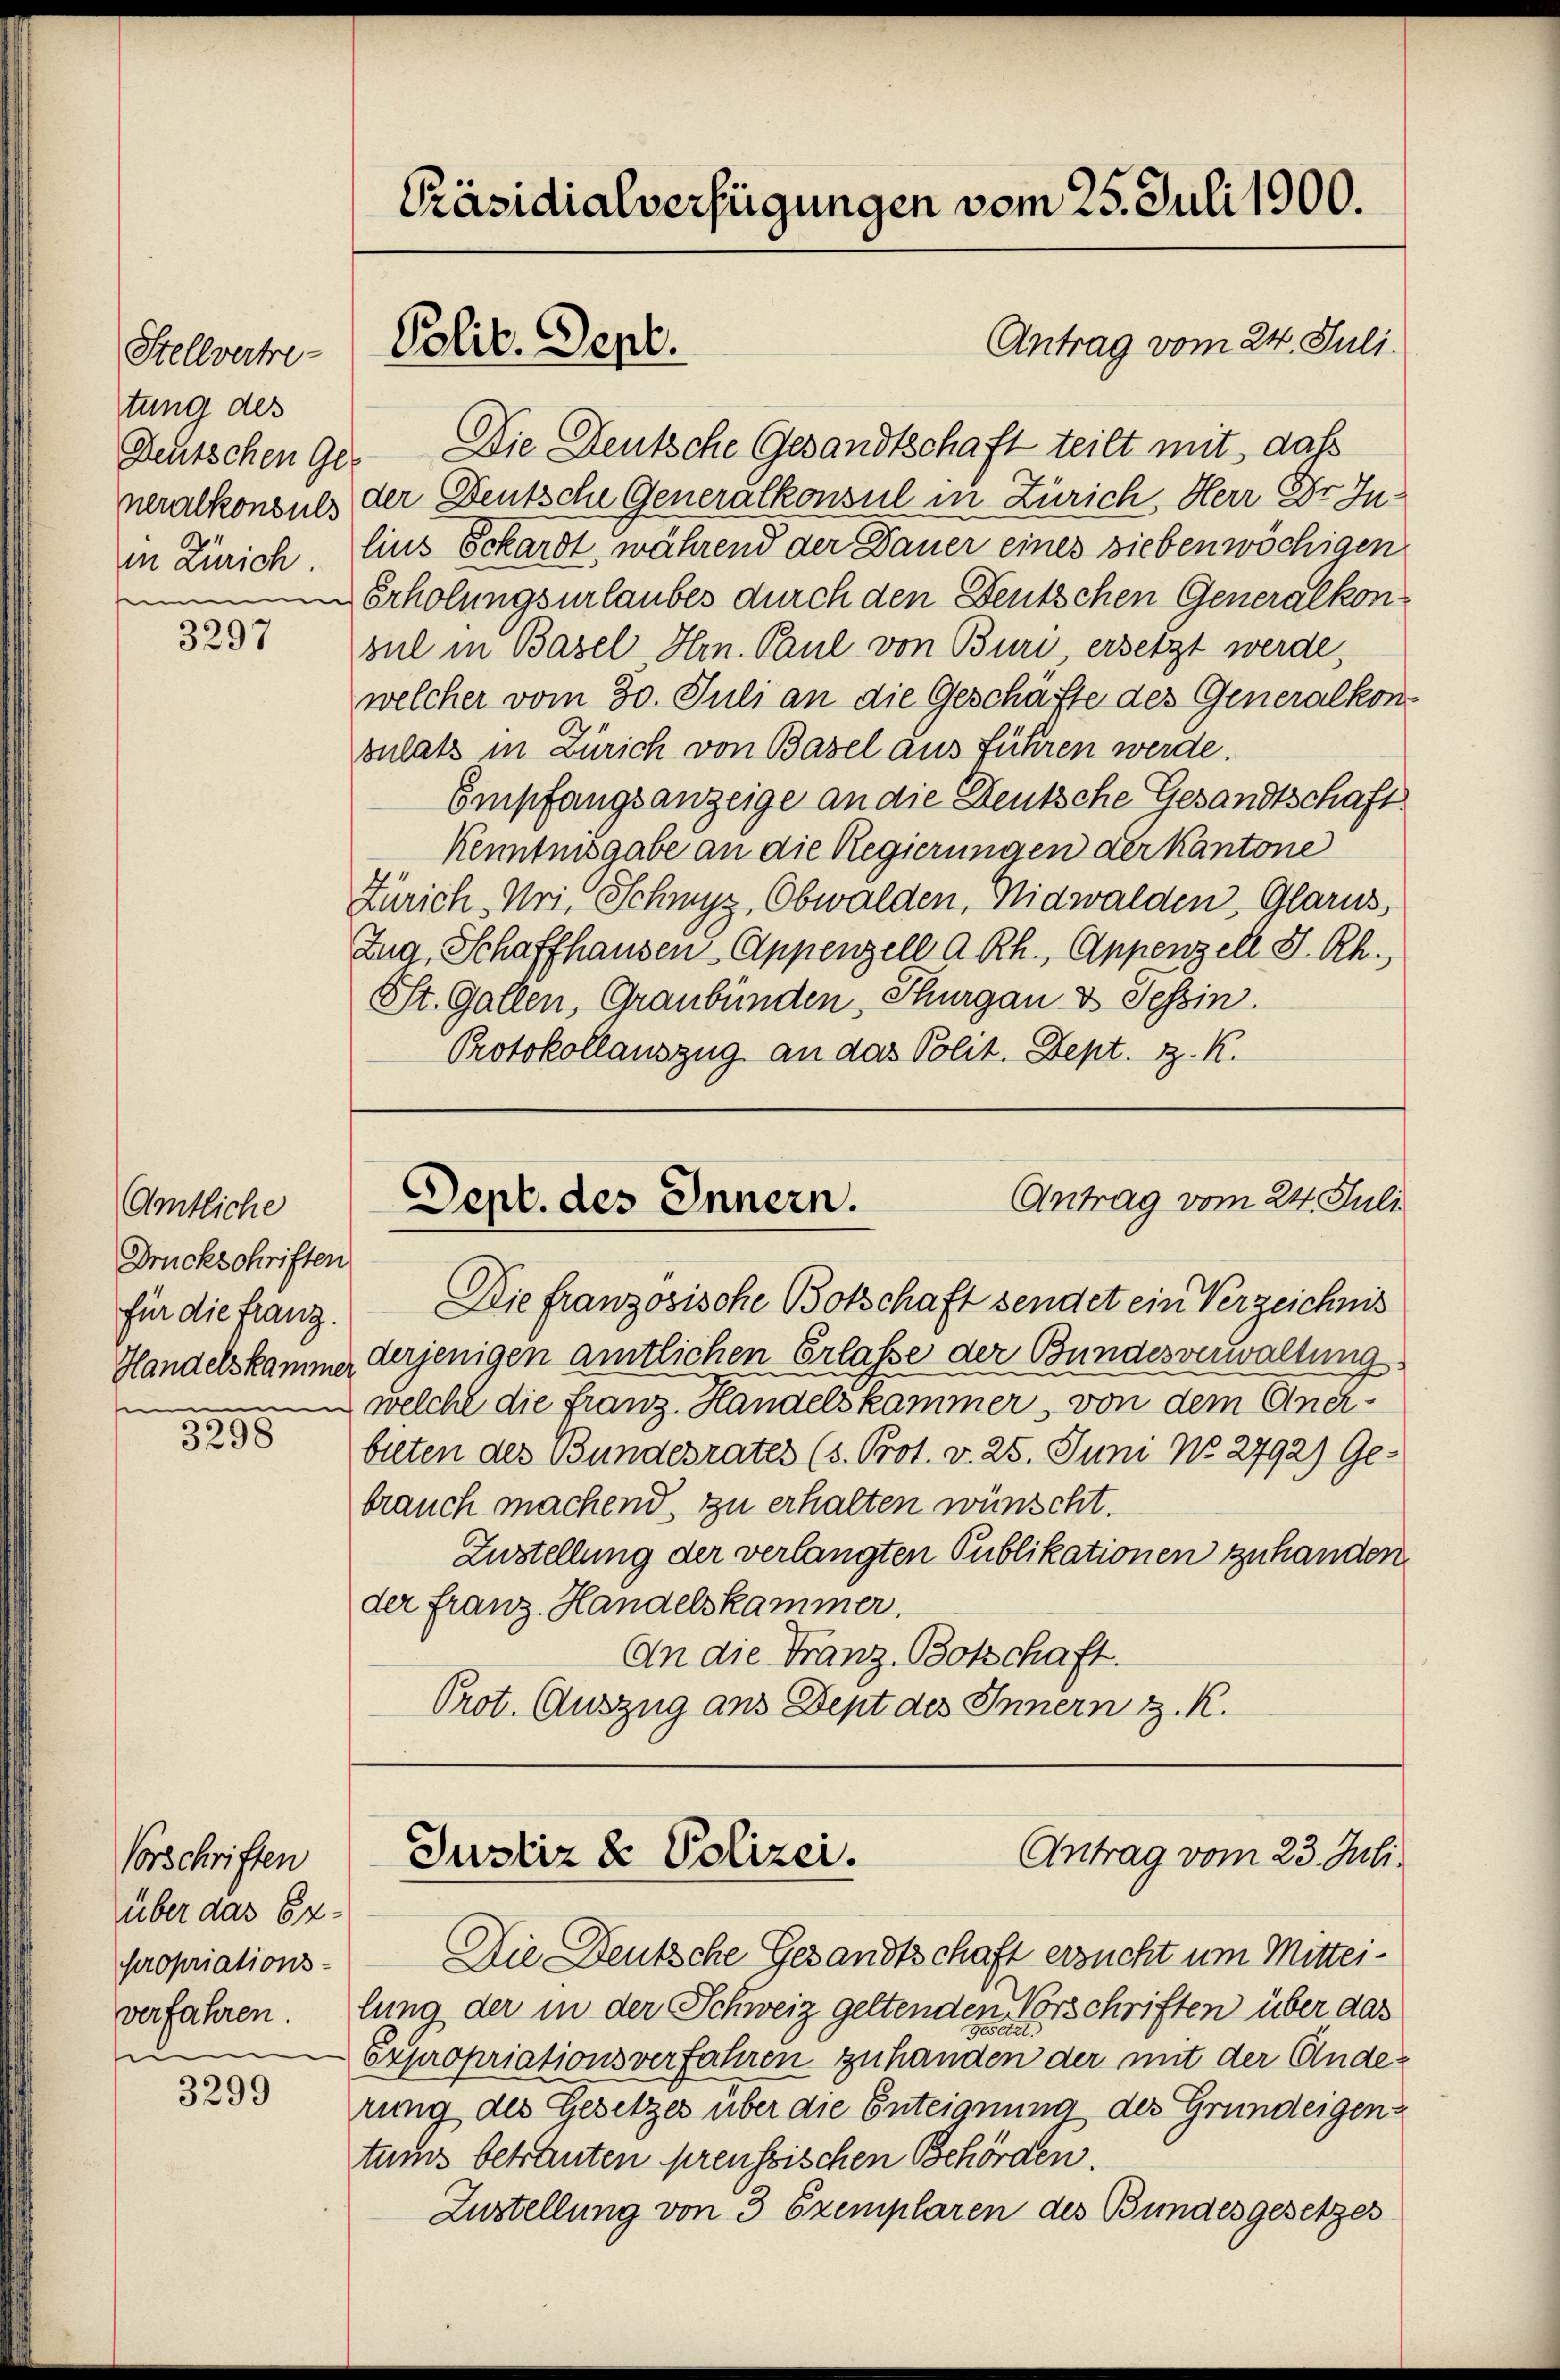
Stellvertre-
tung des
in Zürich.

3297

Amtliche
Druckschriften
für die franz.
Handelskammer
e

3298

Vorschriften
über das Expropriations-
verfahren.
i

3299

Präsidialverfügungen vom 25. Juli 1900.

Antrag vom 24. Juli.
Deutschen ge. Die Deutsche Gesandtschaft teilt mit, daß
neralkonsul der Deutsche Generalkonsul in Zürich, Herr Dr. Inlins Schardt, während der Dauer eines sieben wöchigen
m Erholungsurlaubes durch den Deutschen Generalkon
sul in Basel, Hrn. Paul von Buri ersetzt werde,
welcher vom 30. Juli an die Geschäfte des Generalkon
oulats in Zürich von Basel aus führen werde.
Empfangsanzeige an die Deutsche Gesandtschaft
Kenntnisgabe an die Regierungen der Kantone
Zürich, Uri, Schwyz, Obwalden, Nidwalden, Glarus,
Zug, Schaffhausen Appenzell a. Rh., Appenzell I.Rh.,
St. Gallen, Graubünden, Thurgau & Tessin.
Protokollauszug an das Polit. Dept. z. K.

Polit. Sept.

Antrag vom 24. Juli
Sept. des Innern.

Die franzosische Botschaft sendet ein Verzeichnis
derjenigen amtlichen Erlasse der Bundesverwaltung
welche die franz. Handelskammer, von dem Anchbilten des Bundesrates (s. Prot. v. 25. Juni No 2792) Ge-
brauch machend, zu erhalten wünscht.
Zustellung der verlangten Publikationen zuhanden.
der franz. Handelskammer.
An die Franz Botschaft.
Prot. Auszug ans Dept des Innern z. R.

Die Deutsche Gesandtschaft ersucht um Mitteilung der in der Schweiz geltenden Vorschriften über das
Gewere.
Expropriationsverfahren zuhanden der mit der Anderung des Gesetzes über die Enteignung des Grundeigentums betrauten preussischen Behörden.
Zustellung von 3 Exemplaren des Bundesgesetzes

Antrag vom 23. Juli.
Justiz & Polizei.